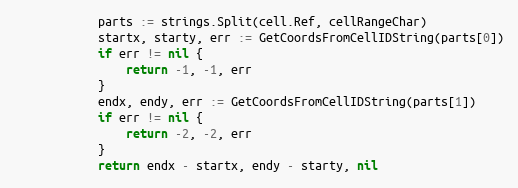
Language: Go
			parts := strings.Split(cell.Ref, cellRangeChar)
			startx, starty, err := GetCoordsFromCellIDString(parts[0])
			if err != nil {
				return -1, -1, err
			}
			endx, endy, err := GetCoordsFromCellIDString(parts[1])
			if err != nil {
				return -2, -2, err
			}
			return endx - startx, endy - starty, nil